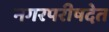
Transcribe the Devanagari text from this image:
नगरपरीषदेत